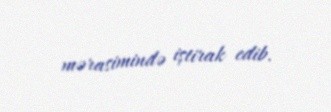
mərasimində iştirak edib.